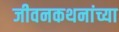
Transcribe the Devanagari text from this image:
जीवनकथनांच्या